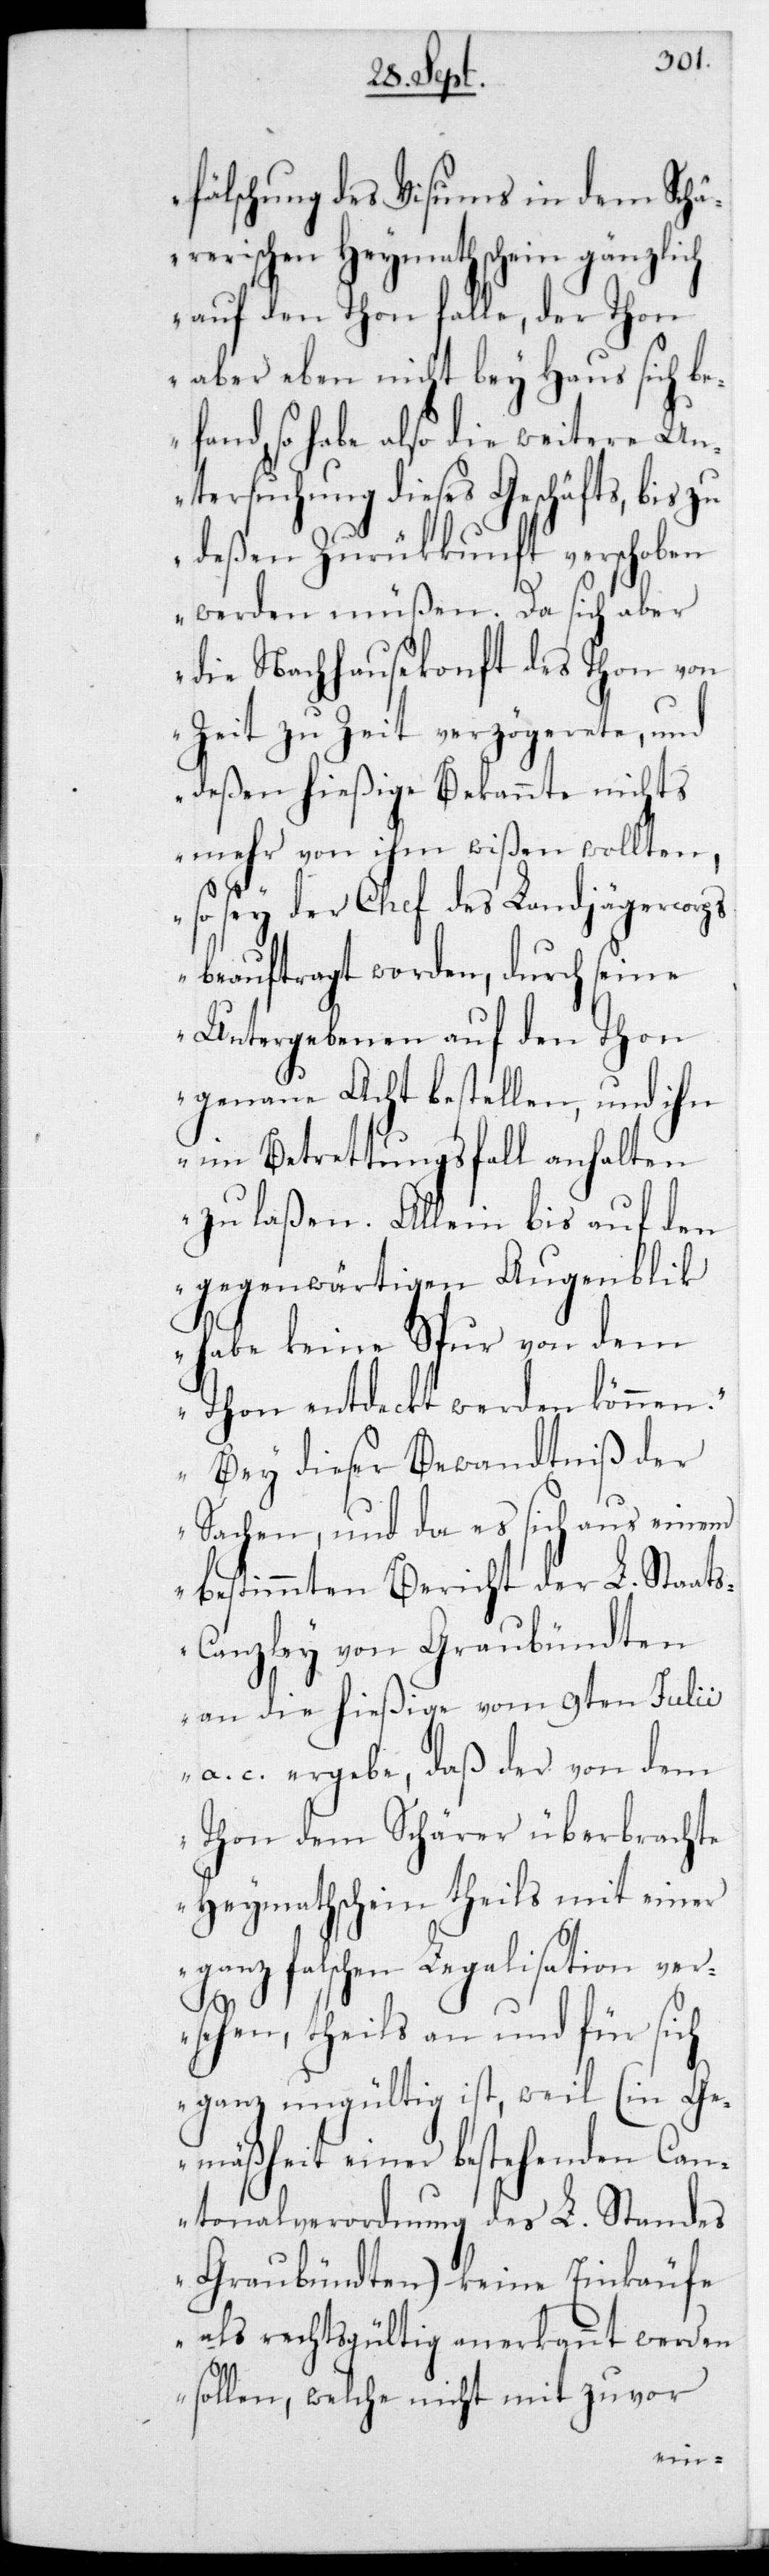
fälschung des Visums in dem Schä¬
rerischen Heymathschein gänzlich
auf den Thon falle, der Thon
aber eben nicht bey Haus sich b¬
efand, so habe also die weitere Un¬
tersuchung dieses Geschäfts, bis
deßen Zurückkunft verschoben
werden müßen. Da sich aber
die Nachhausekonft des Thon von
Zeit zu Zeit verzögerete, und
deßen hießige Bekannte nichts
mehr von ihm wißen wollten,
so sey der Chef des Landjägercorps
beauftragt worden, durch seine
Untergebenen auf den Thon
genaue Acht bestellen, und ihn
im Betrettungsfall anhalten
zu laßen. Allein bis auf den
gegenwärtigen Augenblik
habe keine Spur von dem
Thon entdeckt werden können.
bey dieser Bewandtniß der
Sachen, und da es sich aus einem
bestimmten Bericht der L. Staat¬
s-Canzley von Graubündten
an die hießige vom 9ten Julii
a. c. ergebe, daß der von dem
Thon dem Schärer überbrachte
Heymathschein theils mit einer
ganz falschen Legalisation ver¬
sehen, theils an und für sich
ganz ungültig ist, weil (in Ge¬
mäßheit einer bestehenden Can¬
tonalverordnung des L. Standes
Graubündten) keine Einkäufe
als rechtsgültig anerkannt werden
sollen, welche nicht mit zuvor